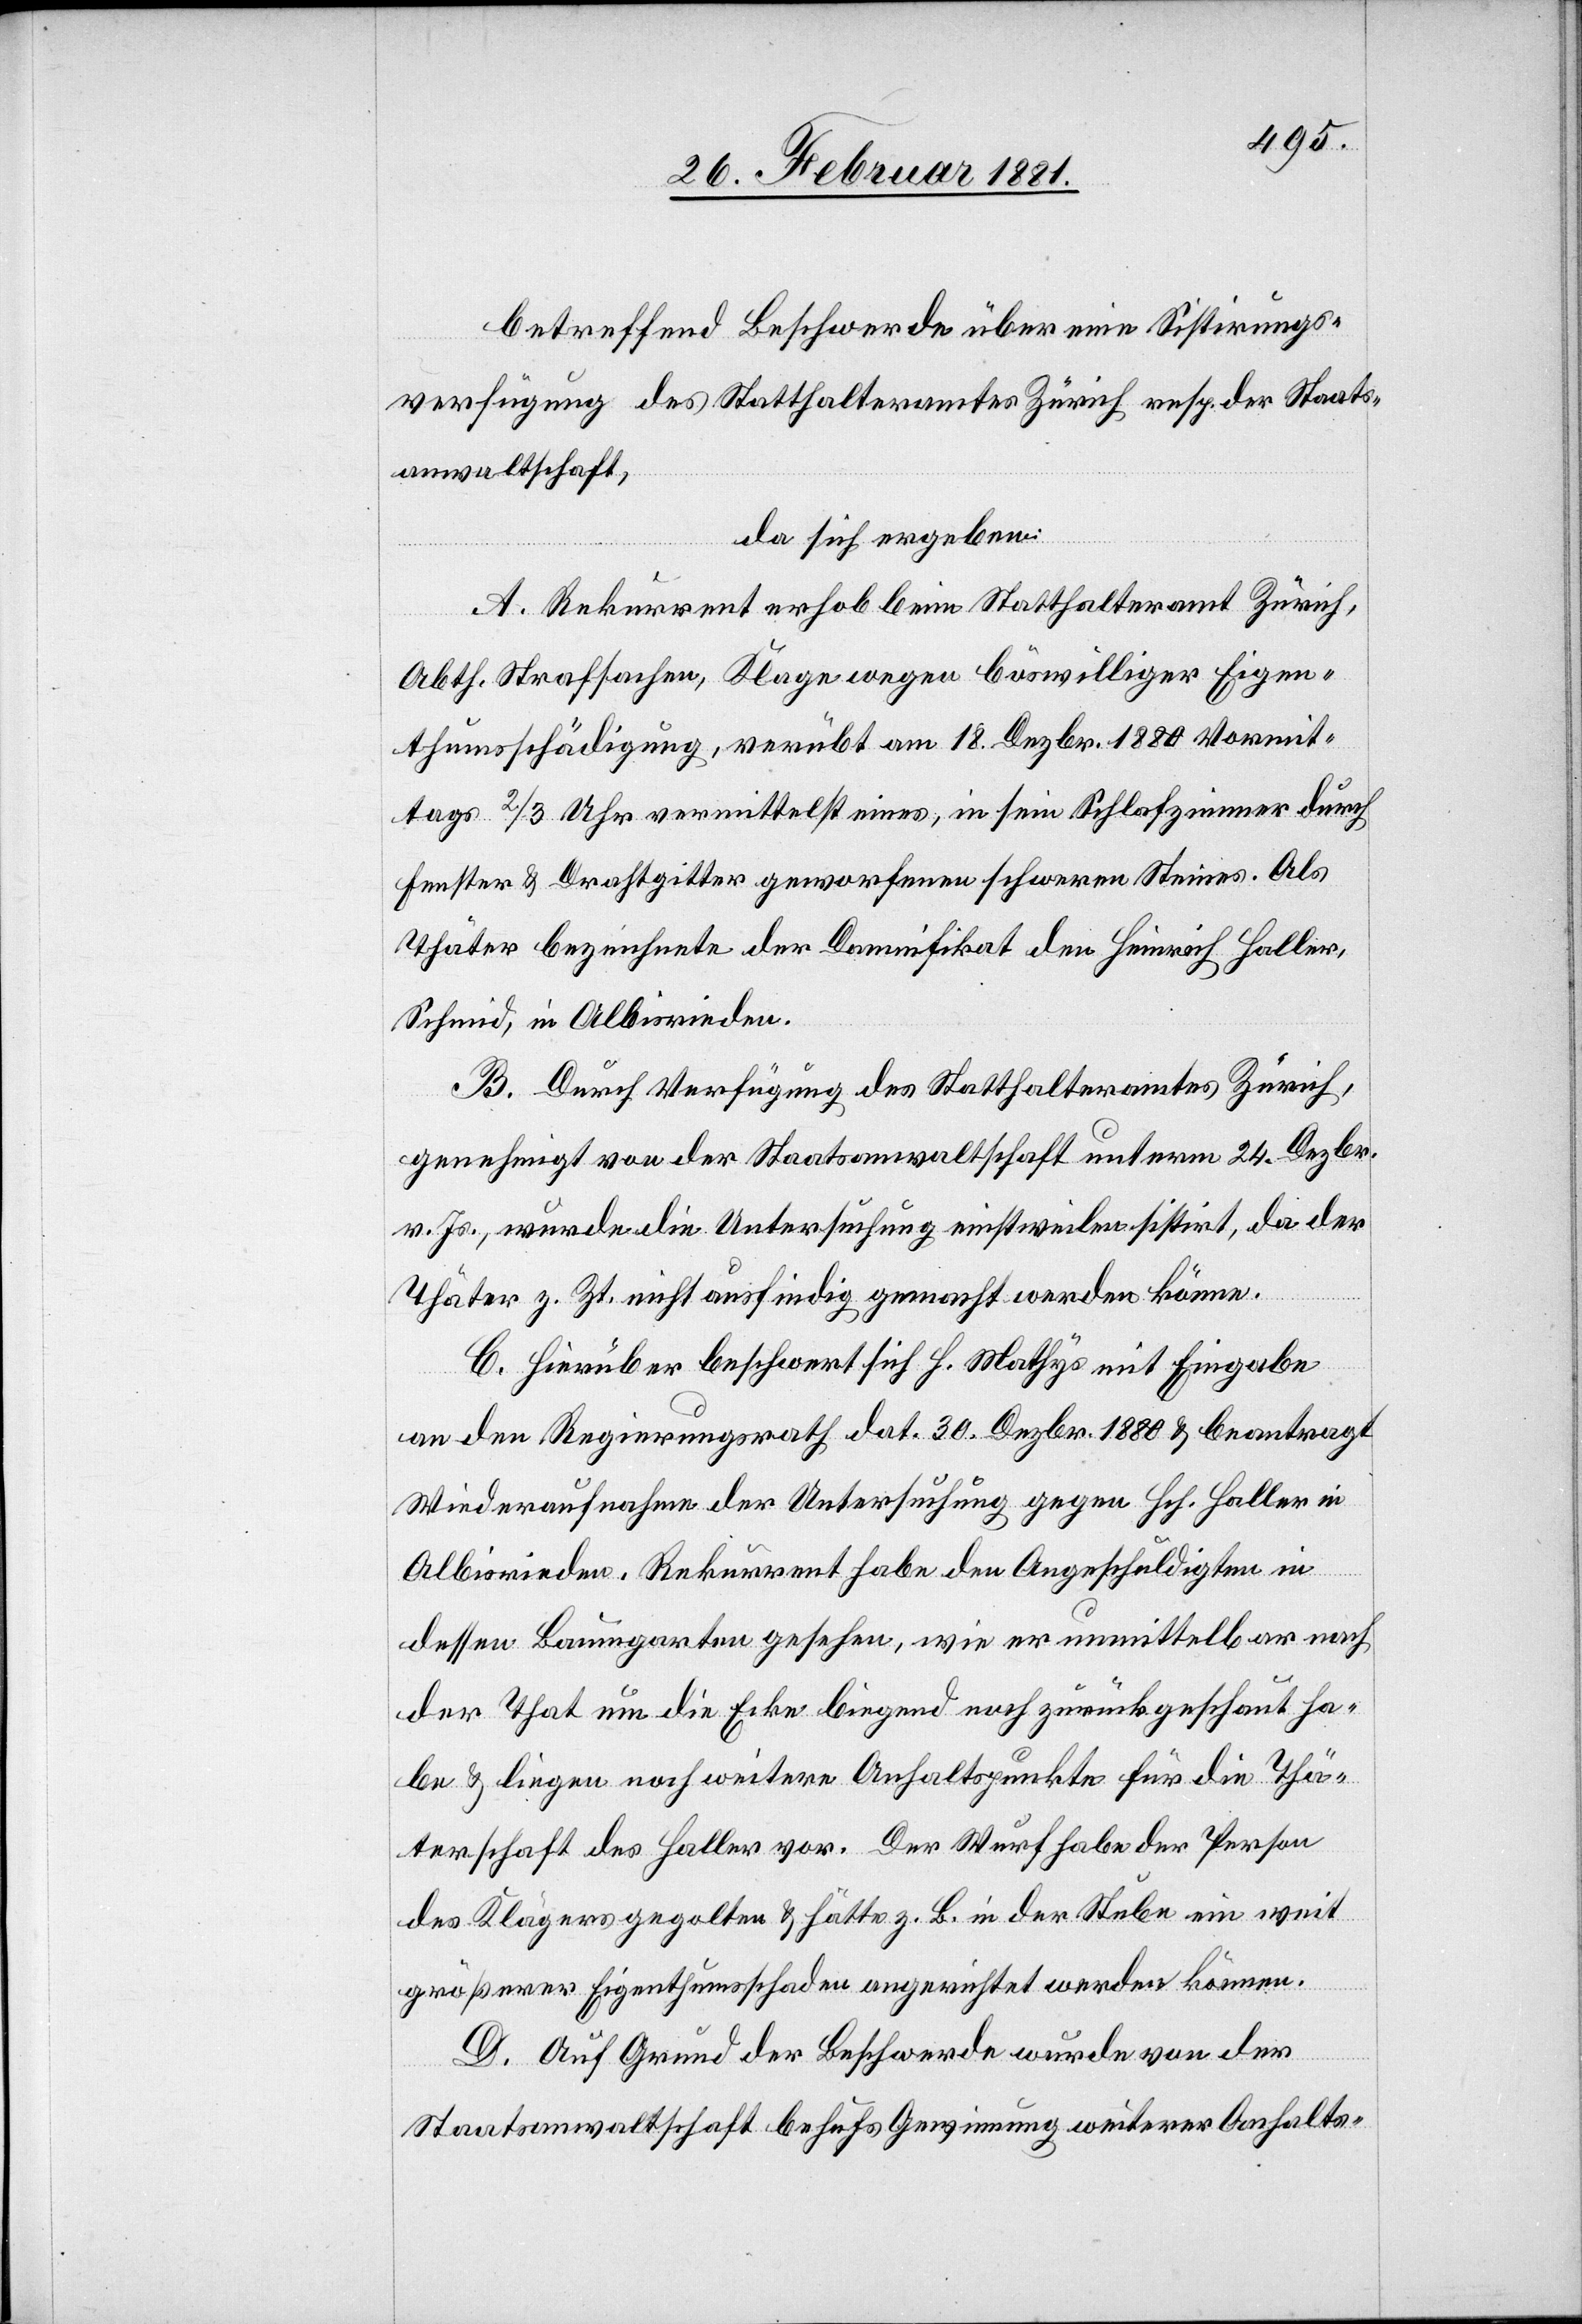
betreffend Beschwerde über eine Sistirungs¬
verfügung des Statthalteramtes Zürich resp. der Staats¬
anwaltschaft,
hat sich ergeben:
A. Rekurrent erhob beim Statthalteramt Zürich
Abth. Strafsachen, Klage wegen böswilliger Eigen¬
thumsschädigung, verübt am 18. Dezbr. 1880 Vormit¬
tags 2/3 Uhr vermittelst eines, in sein Schlafzimmer durch
Fenster & Drahtgitter geworfenen schweren Steines. Als
Thäter bezeichnete der Damnifikat den Heinrich Haller,
Schmid, in Albisrieden.
B. Durch Verfügung des Statthalteramtes Zürich,
genehmigte von der Staatsanwaltschaft unterm 24.Dezbr.
v. Js., wurde die Untersuchung einstweilen sistirt, da der
Thäter z. Zt. nicht ausfindig gemacht werden könne.
C. Hierüber beschwert sich H. Mathys mit Eingabe
an den Regierungsrath dat. 30. Dezbr. 1880 & beantragt
Wiederaufnahme der Untersuchung gegen Hch. Haller in
Albisrieden. Rekurrent habe den Angeschuldigten in
dessen Baumgarten gesehen, wie er unmittelbar nach
der That um die Ecke biegend noch zurückgeschaut ha¬
be & liegen noch weitere Anhaltspunkte für die Thä¬
terschaft des Haller vor. Der Wurf habe der Person
des Klägers gegolten & hätte z. B. in der Stube ein weit
größerer Eigenthumsschaden angerichtet werden können.
D. Auf Grund der Beschwerde wurde von der
Staatsanwaltschaft behufs Gewinnung weiterer Anhalts-